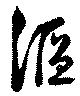
漚